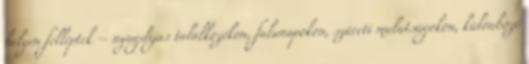
helyen felléptek – nyugdíjas találkozókon, falunapokon, szüreti mulatságokon, különböző